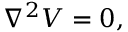
\nabla ^ { 2 } V = 0 ,